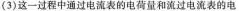
(3)这一过程中通过电流表的电荷量和流过电流表的电